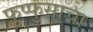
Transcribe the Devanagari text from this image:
फुप्फुसाचा